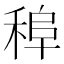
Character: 𱶒